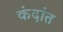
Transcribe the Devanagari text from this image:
कंदांत